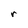
Character: r